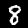
Label: 8